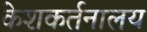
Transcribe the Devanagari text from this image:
केशकर्तनालय